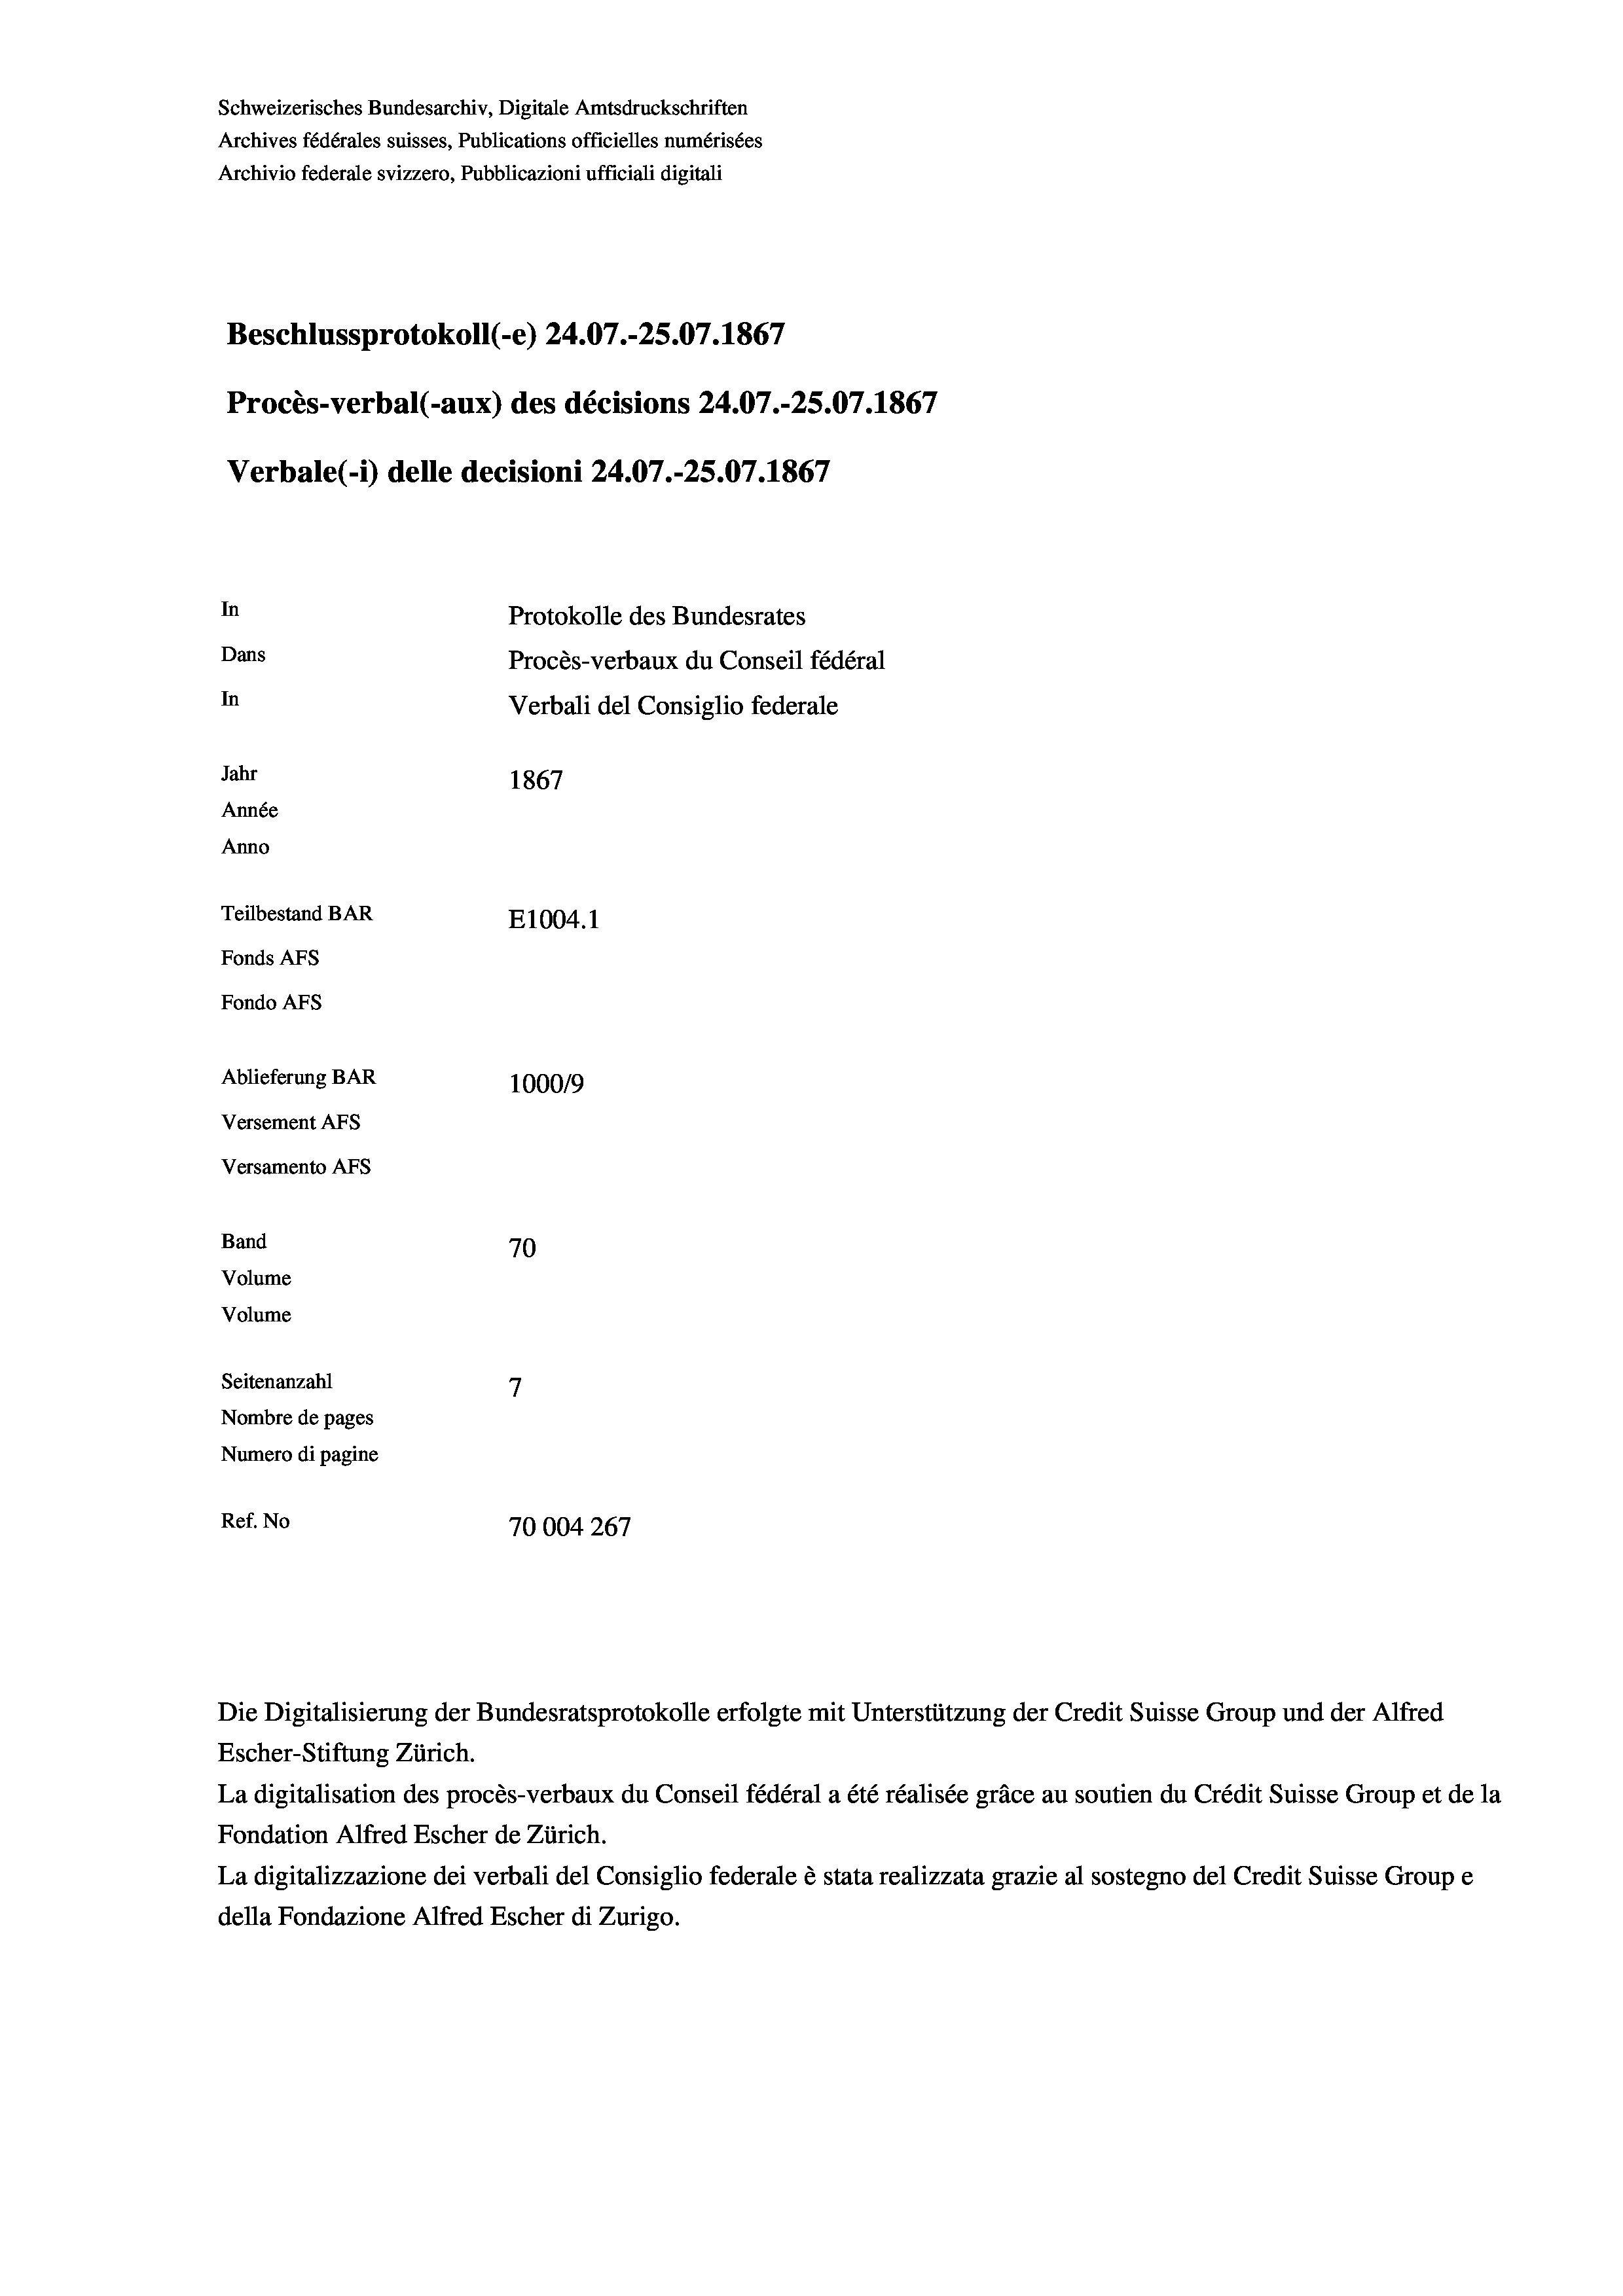
Schweizerisches Bundesarchiv, Digitale Amtsdruckschriften
Archives fédérales suisses, Publications officielles numérisées
Archivio federale svizzero, Pubblicazioni ufficiali digitali
Beschlussprotokoll (-e) 24.07.-25.07. 1867
Procès-verbal (-aux) des décisions 24.07.-25.07. 1867
Verbale (1) delle decisioni 24.07.-25.07. 1867
In
Protokolle des Bundesrates
Dans
Procès-verbaux du Conseil fédéral
In
Verbali del Consiglio federale
Jahr
1867
Année
Anno
Teilbestand BAR
E1004.1
Fonds AFs
Fondo Afs
Ablieferung BAR
100019
Versement Ans
Versamento Afs
Band
70
Volume
Volume
Seitenanzahl
7
Nombre de pages
Numero di pagine
Ref. No
10004267

Escher-Stiftung Zürich.
La digitalisation des procès-verbaux du Conseil fédéral a été réalisée gräce au soutien du Crédit Suisse Group et de la
Fondation Alfred Escher de Zürich.
La digitalizzazione dei verbali del Consiglio federale è stata realizzata grazie al sostegno del Credit Suisse Groupe
della Fondazione Alfred Escher di Zurigo.

Die Digitalisierung der Bundesratsprotokolle erfolgte mit Unterstützung der Credit Suisse Group und der Alfred